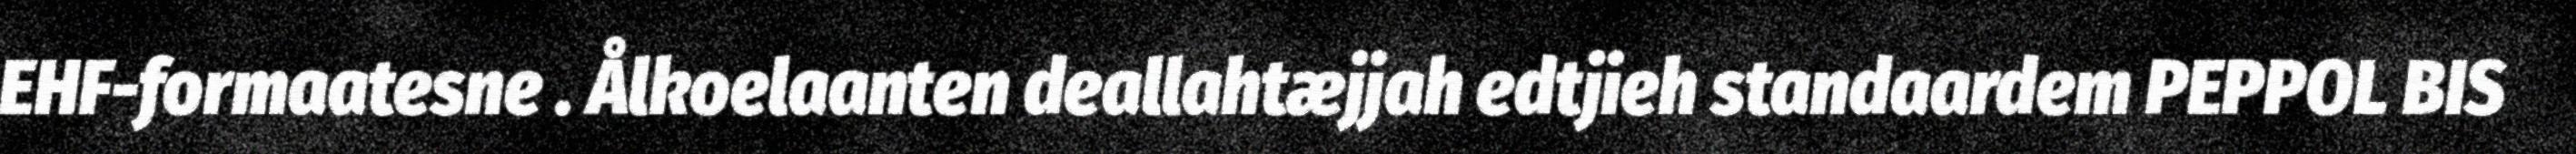
EHF-formaatesne . Ålkoelaanten deallahtæjjah edtjieh standaardem PEPPOL BIS